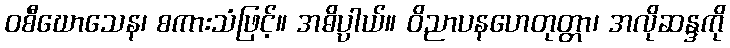
ဝစီဃောသေန၊ စကားသံဖြင့်။ အဓိပ္ပါယ်။ ဝိညာပနဟေတုတ္တာ၊ အလိုဆန္ဒကို